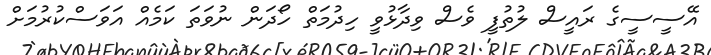
އޭސީސީގެ ރައީސް ލުތުފީ ވެސް ވިދާޅުވީ ހިދުމަތް ހޯދަން ނުވަތަ ކަމެއް އަވަސްކުރުމަށް